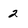
Character: 2